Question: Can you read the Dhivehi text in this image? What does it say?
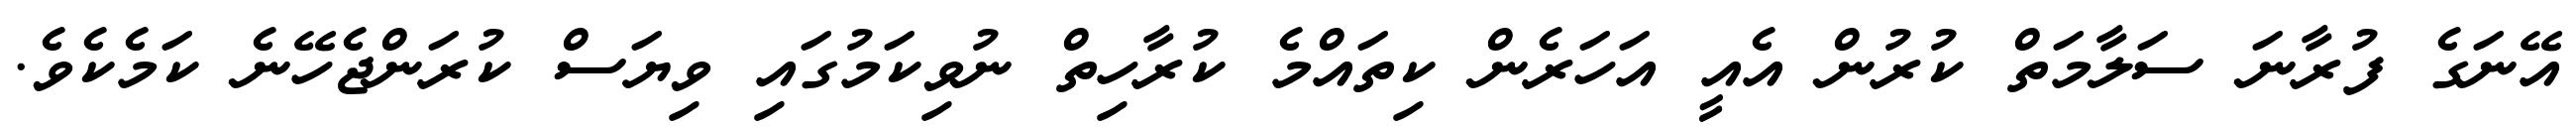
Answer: އޭނަގެ ފުރާނަ ސަލާމަތް ކުރުން އެއީ އަހަރެން ކިތައްމެ ކުރާހިތް ނުވިކަމުގައި ވިޔަސް ކުރަންޖެހޭނެ ކަމެކެވެ.